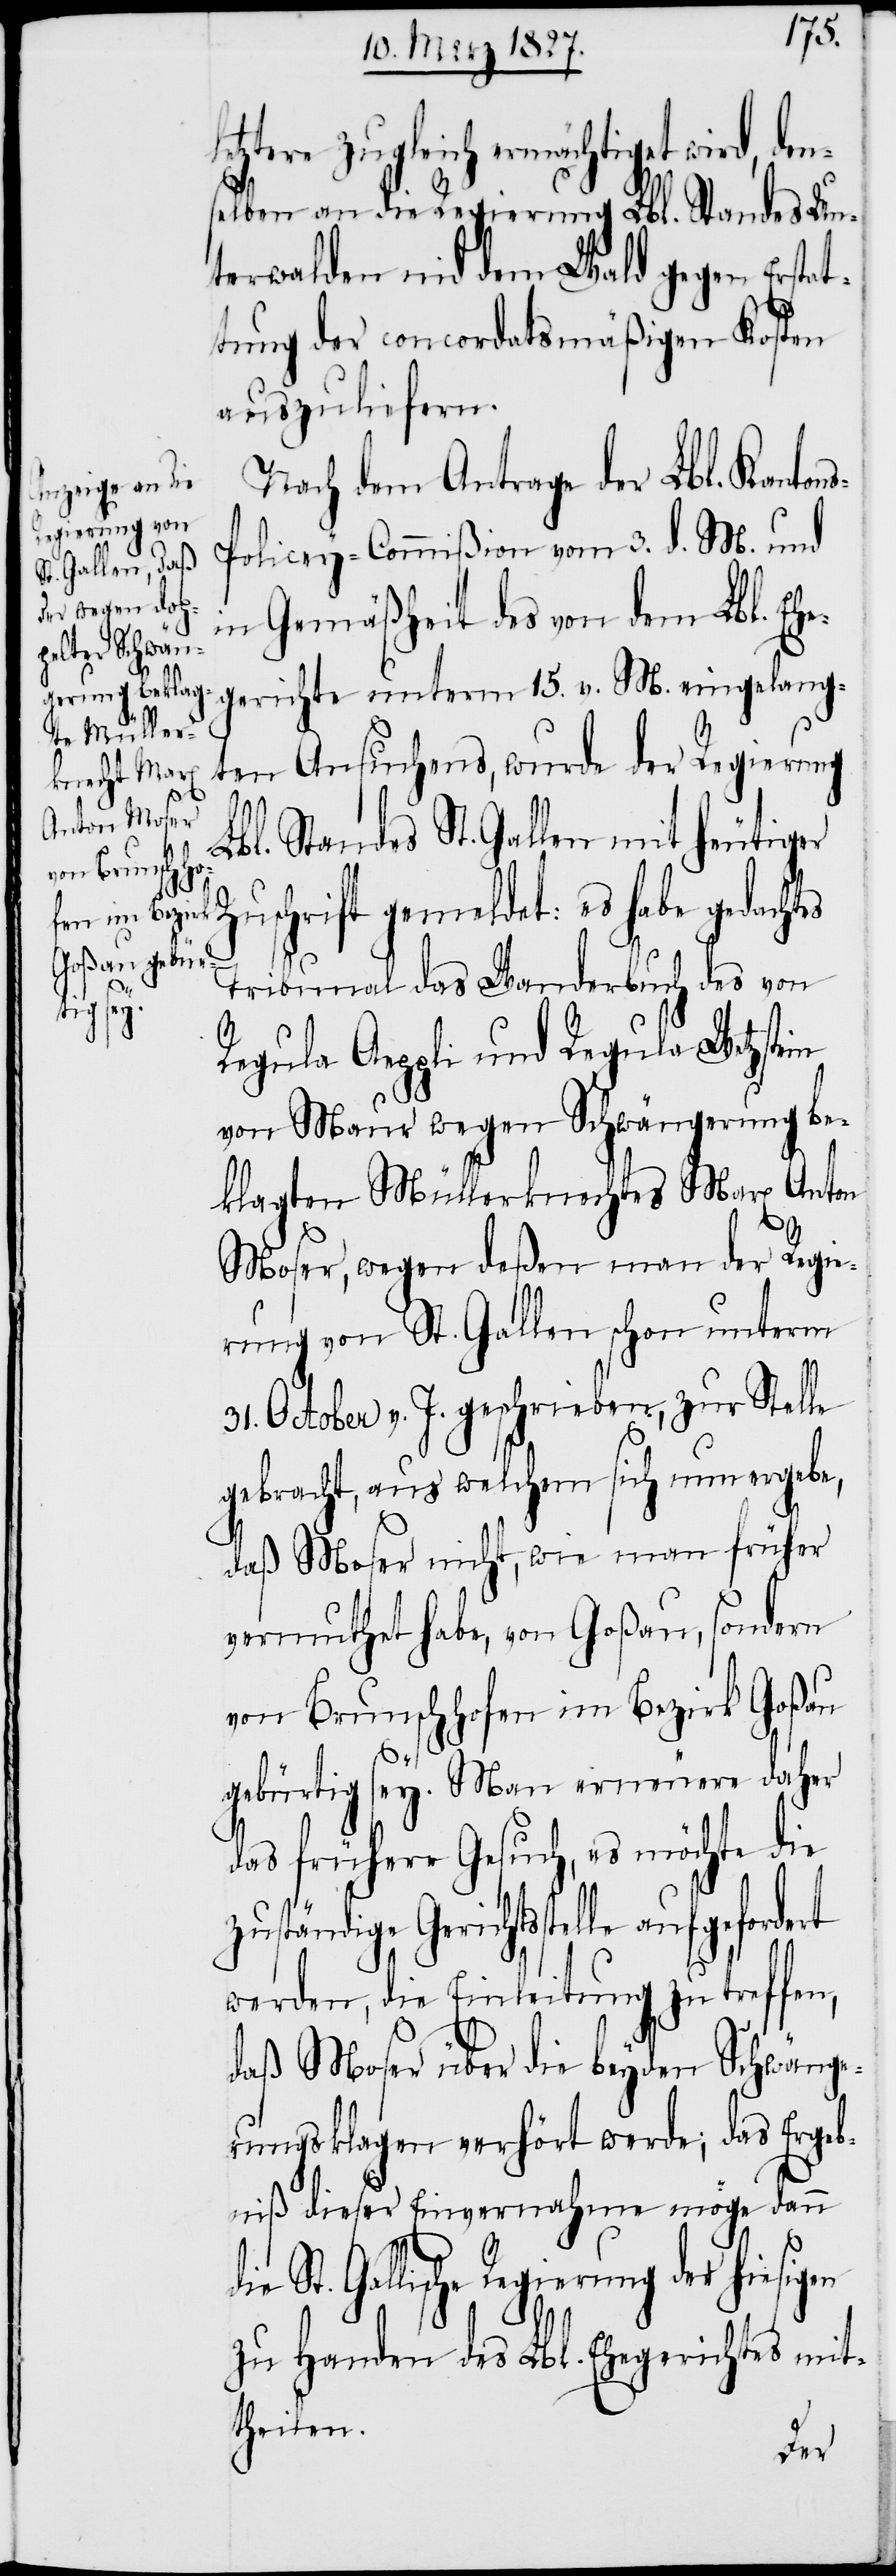
tere zugleich ermächtiget wird,
selben an die Regierung Lbl. Standes Un¬
terwalden nid dem Wald gegen Erstat¬
tung der concordatsmäßigen Kosten
auszuliefern.
Nach dem Antrage der Lbl. Kanton¬
olicey-Commißion vom 3. d. M. und
in Gemäßheit des von dem Lbl. Eh¬
egerichte
en Ansuchens, wurde der Regierung
s-P¬
den¬
Lbl. Standes St. Gallen mit heutiger
Zuschrift gemeldet: es habe gedachtes
Tribunal das Wanderbuch des von
die St.
Regula Aeppli und Regula Wetzstein
von Maur wegen Schwängerung be¬
klagten Müllerknechtes Marx Anton
Moser, wegen deßen man der Regie¬
rung von St. Gallen schon unterm
31. October v. J. geschrieben, zur Stelle
gebracht, aus welchem sich nun ergebe,
daß Moser nicht, wie man früher
vermuthet habe, von Goßau, sondern
von Brunschhofen im Bezirk Goßau
15.
gebürtig sey. Man erneuere daher
das frühere Gesuch, es möchte die
zuständige Gerichtsstelle aufgefordert
werden, die Einleitung zu treffen,
daß Moser über die beyden Schwänge¬
rungsklagen verhört werde; das Ergeb¬
niß dieser Einvernahme möge dann
Gallische Regierung der hiesigen
zu Handen des Lbl. Ehegerichtes mit¬
theilen.